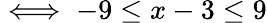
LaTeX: \iff-9\leq x-3\leq 9